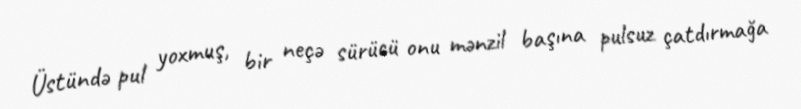
Üstündə pul yoxmuş, bir neçə sürücü onu mənzil başına pulsuz çatdırmağa